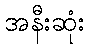
အနီးဆုံး